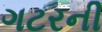
ગટરની